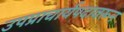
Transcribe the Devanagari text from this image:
उपप्राचार्यपदावरून